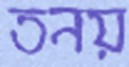
তনয়